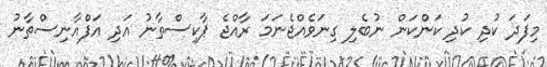
މިފަދަ ކުދި ކުދި ކަންކަން ނުބެލި ގިނަވެއްޖެނަމަ ރާއްޖެ ޕާކިސްތާނު އަދި އަފްއާނިސްތާނު